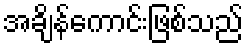
အချိန်ကောင်းဖြစ်သည်